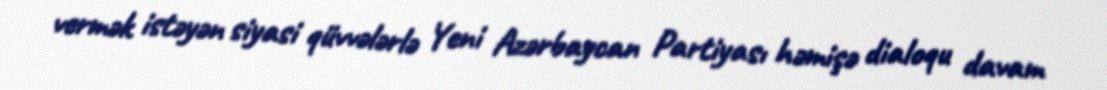
vermək istəyən siyasi qüvvələrlə Yeni Azərbaycan Partiyası həmişə dialoqu davam